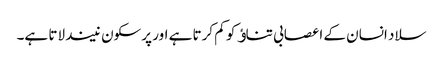
سلاد انسان کے اعصابی تناﺅ کو کم کرتا ہے اور پرسکون نیند لاتا ہے۔